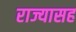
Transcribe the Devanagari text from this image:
राज्यासह